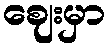
ဈေးမှာ